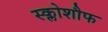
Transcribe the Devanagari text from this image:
स्क्लोशौफ